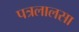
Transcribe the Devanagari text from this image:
पत्रलालसा